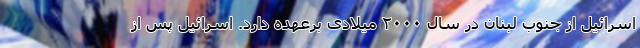
اسرائیل از جنوب لبنان در سال ۲۰۰۰ میلادی برعهده دارد. اسرائیل پس از